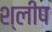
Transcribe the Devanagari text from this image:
श्लीप